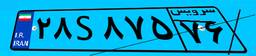
۱۷S۴۵۴۴۶